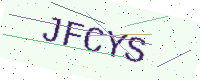
Text: JFCYS